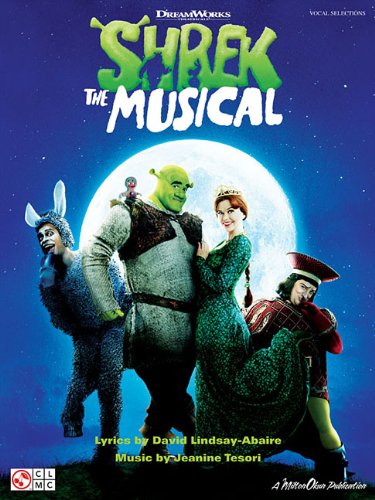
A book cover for Shrek the Musical; Arts & Photography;